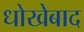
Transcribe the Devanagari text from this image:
धोखेबाद